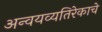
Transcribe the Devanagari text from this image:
अन्वयव्यतिरेकाचे